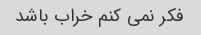
فکر نمی کنم خراب باشد